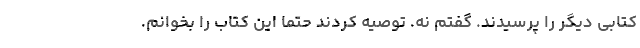
کتابی دیگر را پرسیدند. گفتم نه. توصیه کردند حتما این کتاب را بخوانم.